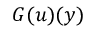
G ( u ) ( y )